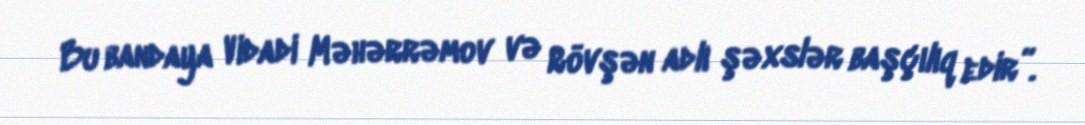
Bu bandaya Vidadi Məhərrəmov və Rövşən adlı şəxslər başçılıq edir”.